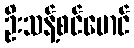
ဦးသန့်စင်မောင်